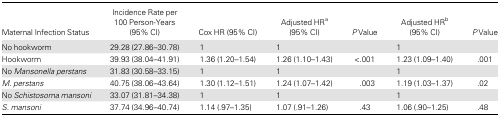
| Maternal Infection Status | Incidence Rate per 100 Person-Years (95% CI) | Cox HR (95% CI) | Adjusted HRa (95% CI) | P Value | Adjusted HRb (95% CI) | P Value |
 | --- | --- | --- | --- | --- | --- | --- |
 | No hookworm | 29.28 (27.86–30.78) | 1 | 1 |  | 1 |  |
 | Hookworm | 39.93 (38.04–41.91) | 1.36 (1.20–1.54) | 1.26 (1.10–1.43) | <.001 | 1.23 (1.09–1.40) | .001 |
 | No Mansonella perstans | 31.83 (30.58–33.15) | 1 | 1 |  | 1 |  |
 | M. perstans | 40.75 (38.06–43.64) | 1.30 (1.12–1.51) | 1.24 (1.07–1.42) | .003 | 1.19 (1.03–1.37) | .02 |
 | No Schistosoma mansoni | 33.07 (31.81–34.38) | 1 | 1 |  | 1 |  |
 | S. mansoni | 37.74 (34.96–40.74) | 1.14 (.97–1.35) | 1.07 (.91–1.26) | .43 | 1.06 (.90–1.25) | .48 |